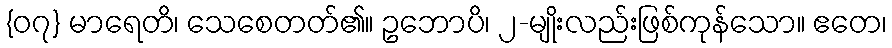
{၀၇} မာရေတိ၊ သေစေတတ်၏။ ဥဘောပိ၊ ၂-မျိုးလည်းဖြစ်ကုန်သော။ ဧတေ၊